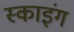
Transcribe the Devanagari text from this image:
स्काइंग